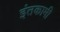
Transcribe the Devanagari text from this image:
इंतकामी